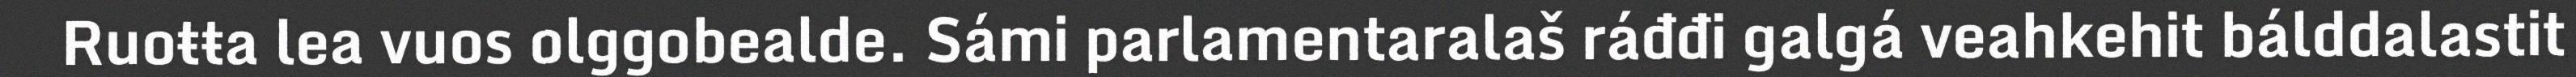
Ruoŧŧa lea vuos olggobealde. Sámi parlamentaralaš ráđđi galgá veahkehit bálddalastit